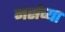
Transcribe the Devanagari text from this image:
नर्सच्या